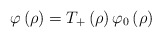
\begin{align*}\varphi\left( \rho\right) =T_{+}\left( \rho\right) \varphi_{0}\left(\rho\right) \end{align*}